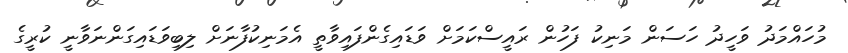
މުހައްމަދު ވަހީދު ހަސަން މަނިކު ފަހުން ރައީސްކަމަށް ވަޑައިގެންފައިވާތީ އެމަނިކުފާނަށް ލިބިވަޑައިގަންނަވާނީ ކުރީގެ